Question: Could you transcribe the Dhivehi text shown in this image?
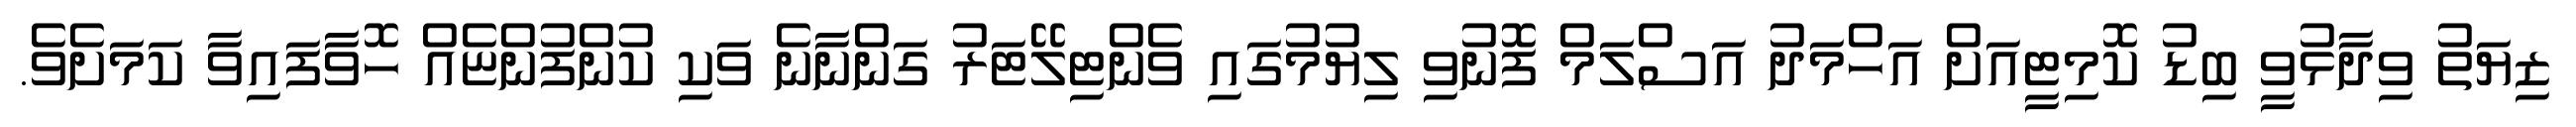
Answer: ޒިޔަތު ވިދާޅުވީ ބިޑު ކޮމިޓީއަށް އަހްމަދު އަސްލަމް ފޮނުވި ލިޔުމުގައި ވެންޓިލޭޓަރު ގަންނާނެ ވަކި ކުންފުންޏެއް ހޮވާފައިވާ ކަމަށެވެ.